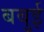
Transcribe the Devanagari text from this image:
बबुई